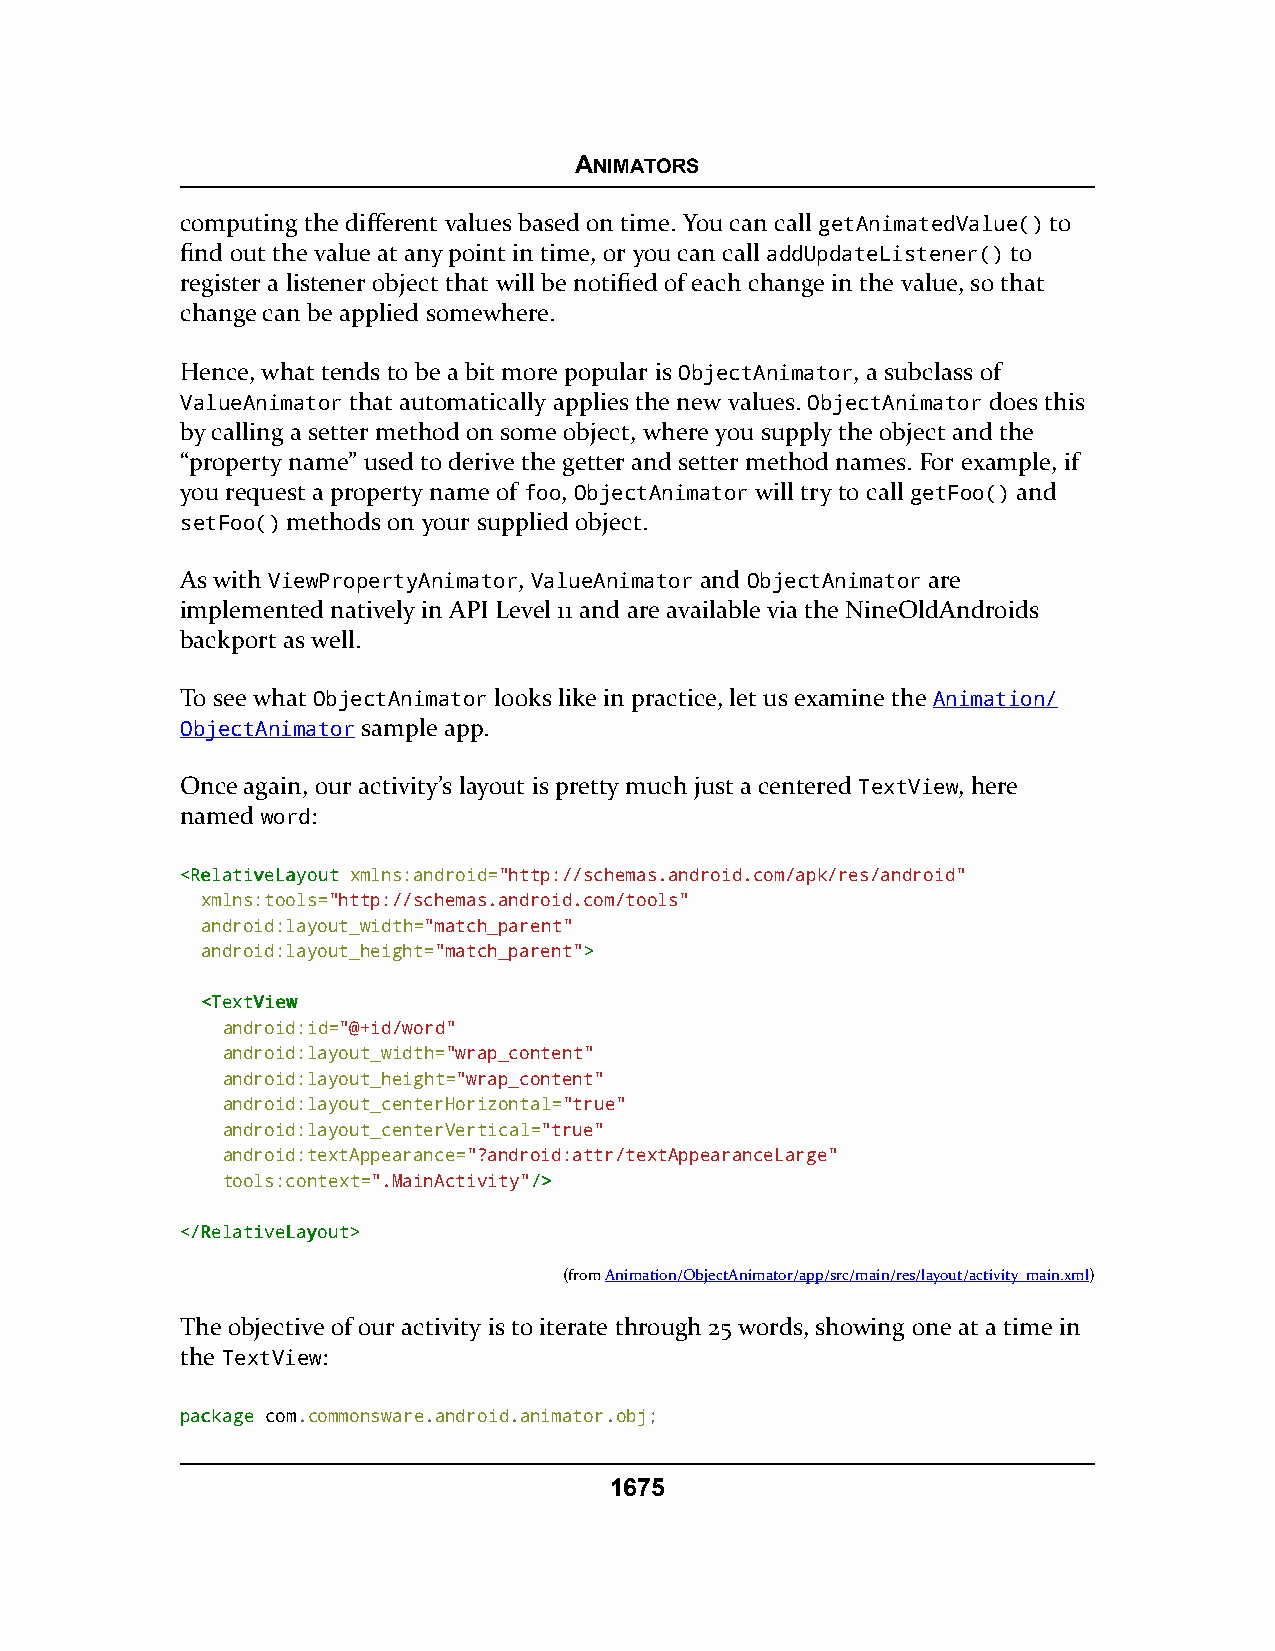
ANIMATORS
 computing the different values based on time. You can call getAnimatedValue() to
 find out the value at any point in time, or you can call addUpdateListener() to
 register a listener object that will be notified of each change in the value, so that
 change can be applied somewhere.
 Hence, what tends to be a bit more popular is ObjectAnimator, a subclass of
 ValueAnimator that automatically applies the new values. ObjectAnimator does this
 by calling a setter method on some object, where you supply the object and the
 “property name” used to derive the getter and setter method names. For example, if
 you request a property name of foo, ObjectAnimator will try to call getFoo() and
 setFoo() methods on your supplied object.
 As with ViewPropertyAnimator, ValueAnimator and ObjectAnimator are
 implemented natively in API Level 11 and are available via the NineOldAndroids
 backport as well.
 To see what ObjectAnimator looks like in practice, let us examine the Animation/
 ObjectAnimator sample app.
 Once again, our activity’s layout is pretty much just a centered TextView, here
 named word:
 <<RReellaattiivveeLLaayyoouutt xmlns:android="http://schemas.android.com/apk/res/android"
 xmlns:tools="http://schemas.android.com/tools"
 android:layout_width="match_parent"
 android:layout_height="match_parent">>
 <<TTeexxttVViieeww
 android:id="@+id/word"
 android:layout_width="wrap_content"
 android:layout_height="wrap_content"
 android:layout_centerHorizontal="true"
 android:layout_centerVertical="true"
 android:textAppearance="?android:attr/textAppearanceLarge"
 tools:context=".MainActivity"//>>
 <<//RReellaattiivveeLLaayyoouutt>>
 (fromAnimation/ObjectAnimator/app/src/main/res/layout/activity_main.xml)
 The objective of our activity is to iterate through 25 words, showing one at a time in
 the TextView:
 ppaacckkaaggee com.commonsware.android.animator.obj;
 1675